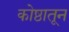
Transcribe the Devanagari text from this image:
कोष्ठातून